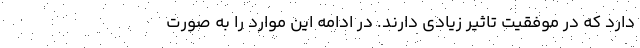
دارد که در موفقیت تاثیر زیادی دارند. در ادامه این موارد را به صورت